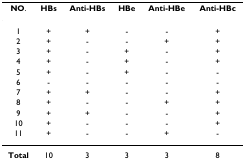
<table><thead><tr><td><b>NO.</b></td><td><b>HBs</b></td><td><b>Anti-HBs</b></td><td><b>HBe</b></td><td><b>Anti-HBe</b></td><td><b>Anti-HBc</b></td></tr></thead><tbody><tr><td>1</td><td>+</td><td>+</td><td>-</td><td>-</td><td>+</td></tr><tr><td>2</td><td>+</td><td>-</td><td>-</td><td>+</td><td>+</td></tr><tr><td>3</td><td>+</td><td>-</td><td>+</td><td>-</td><td>+</td></tr><tr><td>4</td><td>+</td><td>-</td><td>+</td><td>-</td><td>+</td></tr><tr><td>5</td><td>+</td><td>-</td><td>+</td><td>-</td><td>-</td></tr><tr><td>6</td><td>-</td><td>-</td><td>-</td><td>-</td><td>-</td></tr><tr><td>7</td><td>+</td><td>+</td><td>-</td><td>-</td><td>+</td></tr><tr><td>8</td><td>+</td><td>-</td><td>-</td><td>+</td><td>+</td></tr><tr><td>9</td><td>+</td><td>+</td><td>-</td><td>-</td><td>+</td></tr><tr><td>10</td><td>+</td><td>-</td><td>-</td><td>-</td><td>+</td></tr><tr><td>11</td><td>+</td><td>-</td><td>-</td><td>+</td><td>-</td></tr><tr><td><b>Total</b></td><td>10</td><td>3</td><td>3</td><td>3</td><td>8</td></tr></tbody></table>